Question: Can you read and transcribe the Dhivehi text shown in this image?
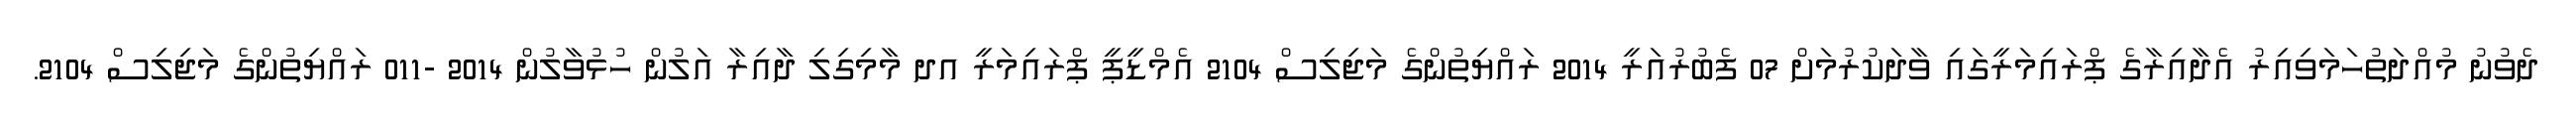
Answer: ދެވުނު މުއްދަތުހަމަވިއިރު އެދާއިރާގެ ޕްރައިމަރީގައި ވާދަކުރުމަށް 07 ފެބުރުއަރީ 2014 ރައްޔިތުންގެ މަޖިލިސް 2104 އެމްޑީޕީ ޕްރައިމަރީ އދ މާމިގިލި ދާއިރާ އަލުން ހުޅުވާލުން 2014 -011 ރައްޔިތުންގެ މަޖިލިސް 2104.